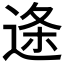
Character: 𮞓